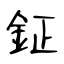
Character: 鉦